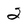
Character: 2